38_143685_box_Incident_Summaries_173-233
Agency: Department of War
Page 55
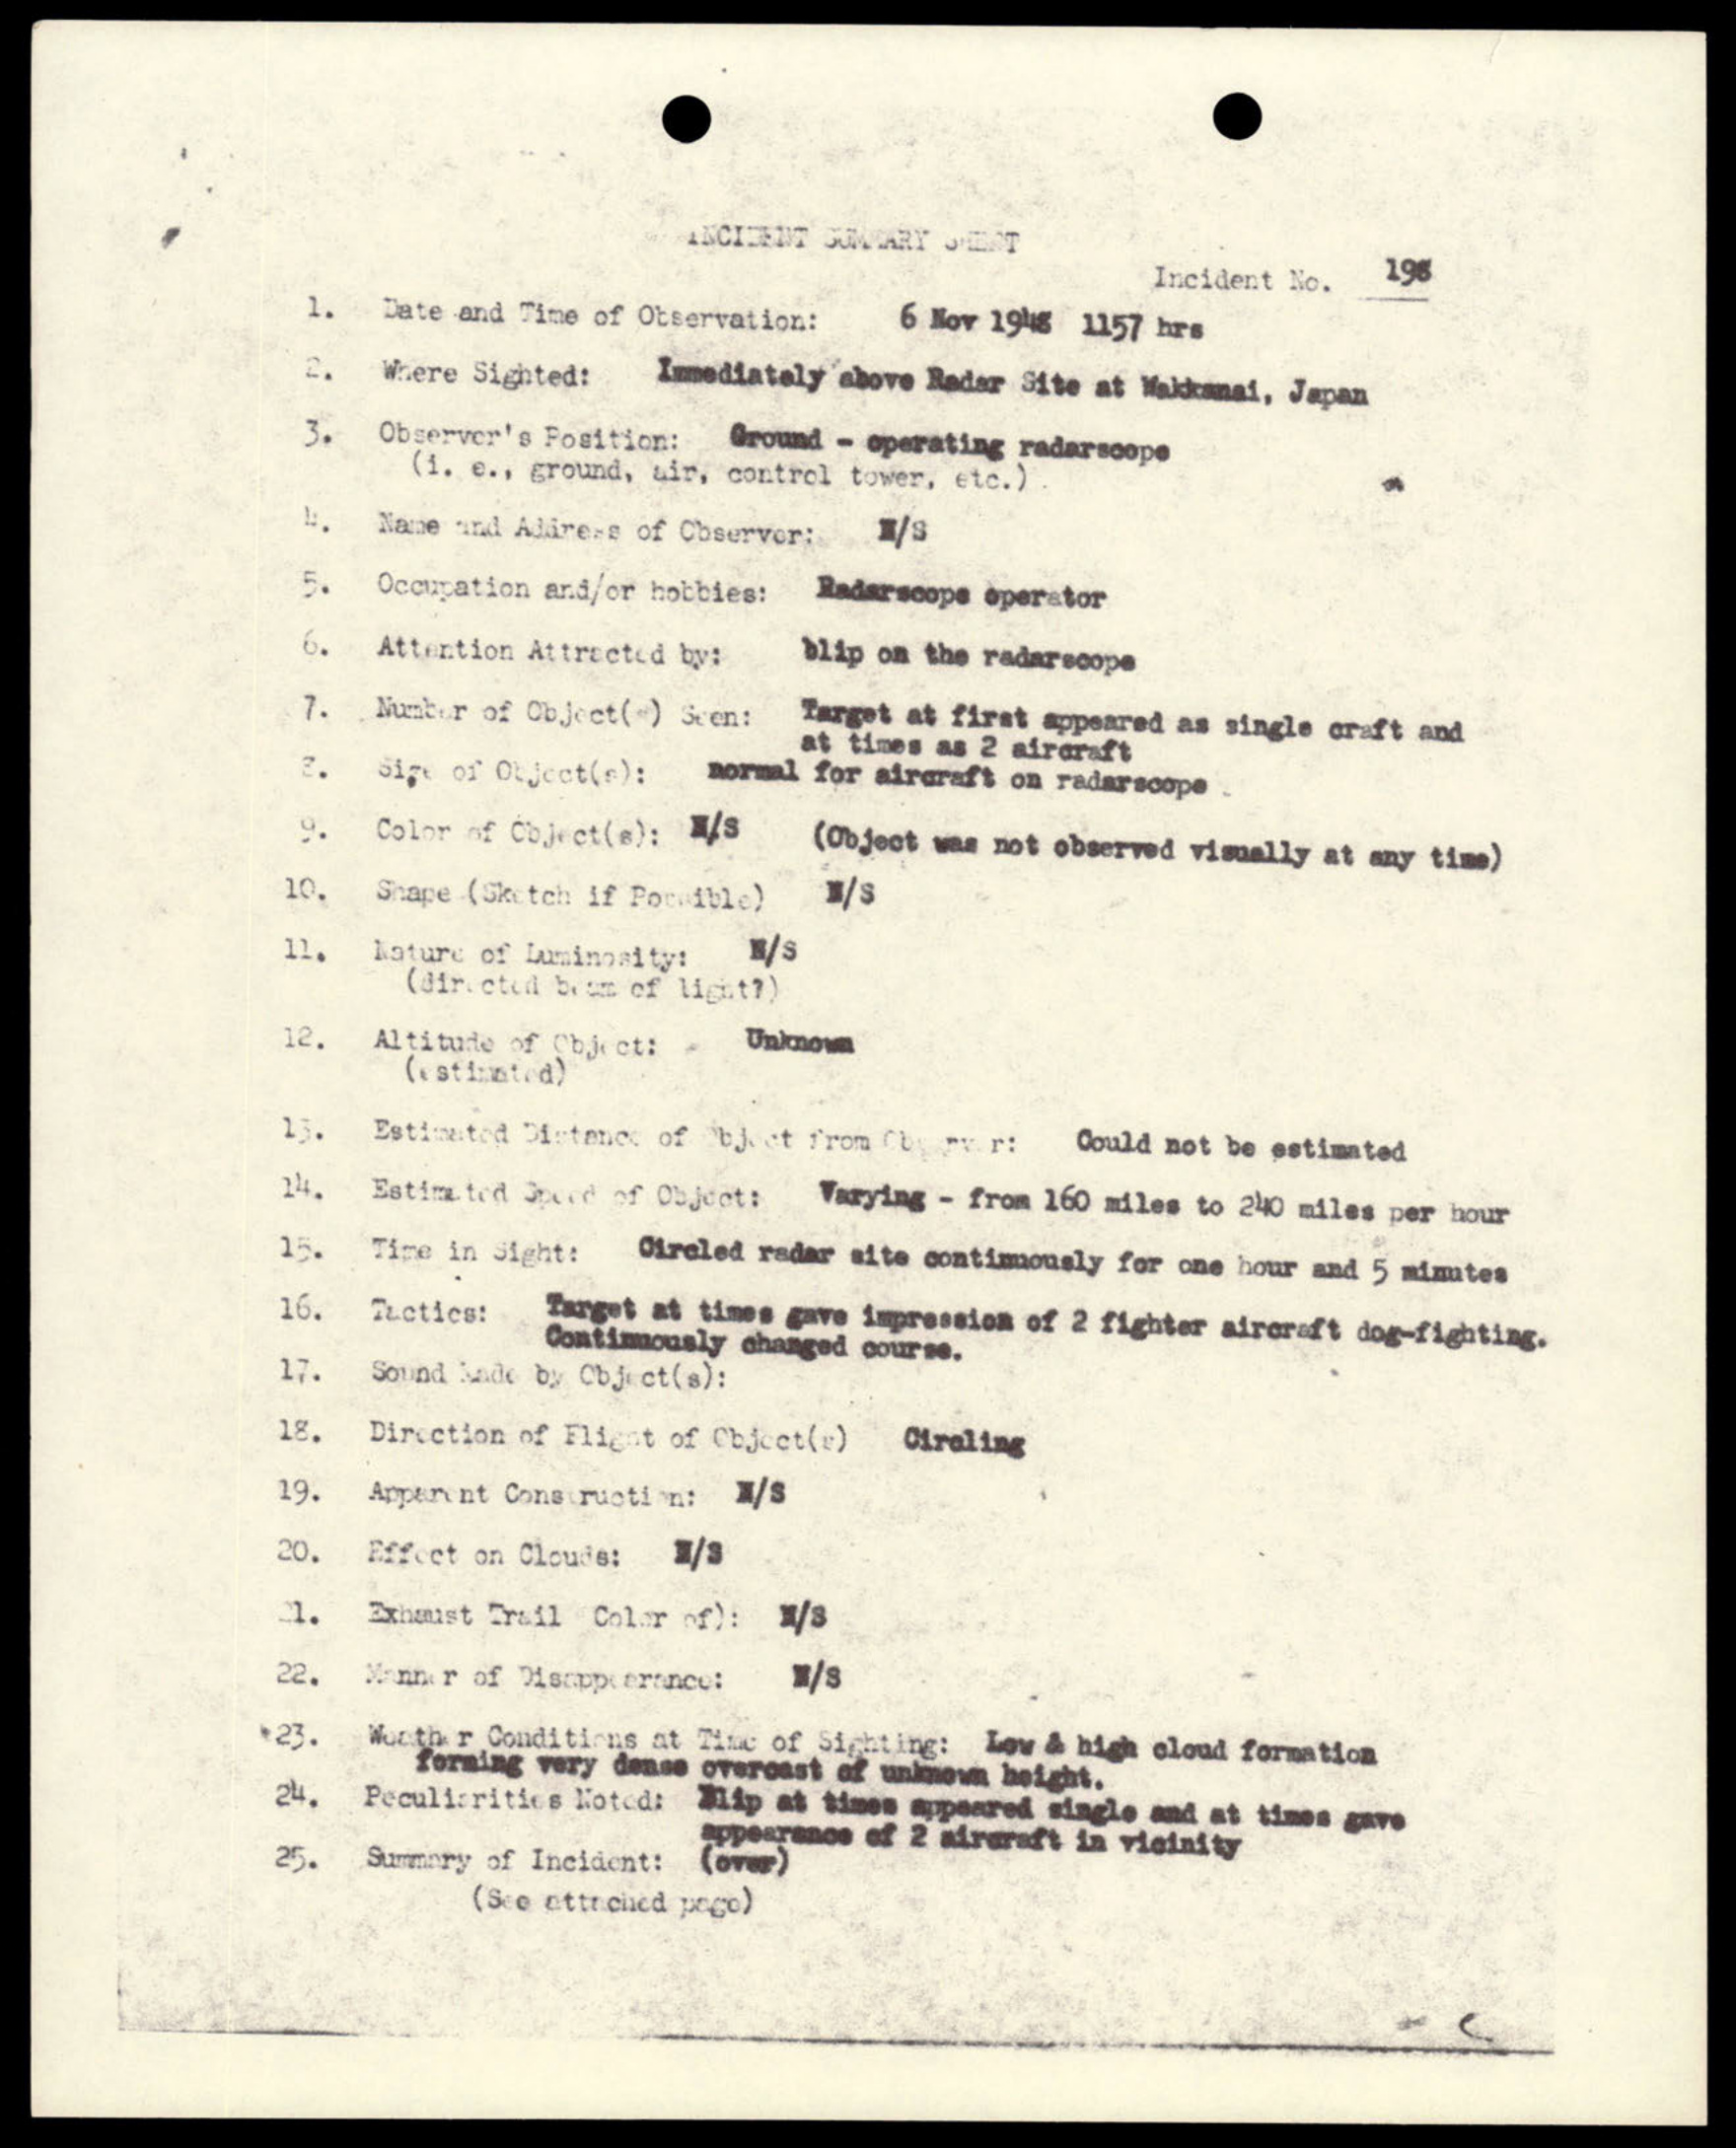